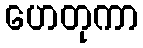
ဟေတုကာ